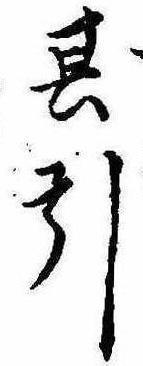
其引